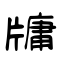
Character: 牗